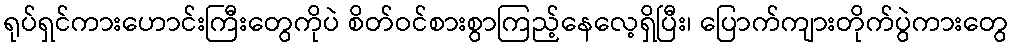
ရုပ်ရှင်ကားဟောင်းကြီးတွေကိုပဲ စိတ်ဝင်စားစွာကြည့်နေလေ့ရှိပြီး၊ ပြောက်ကျားတိုက်ပွဲကားတွေ